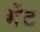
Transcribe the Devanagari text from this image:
भॆंट